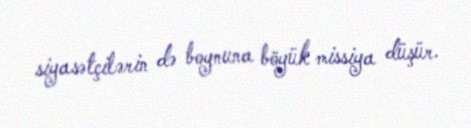
siyasətçilərin də boynuna böyük missiya düşür.